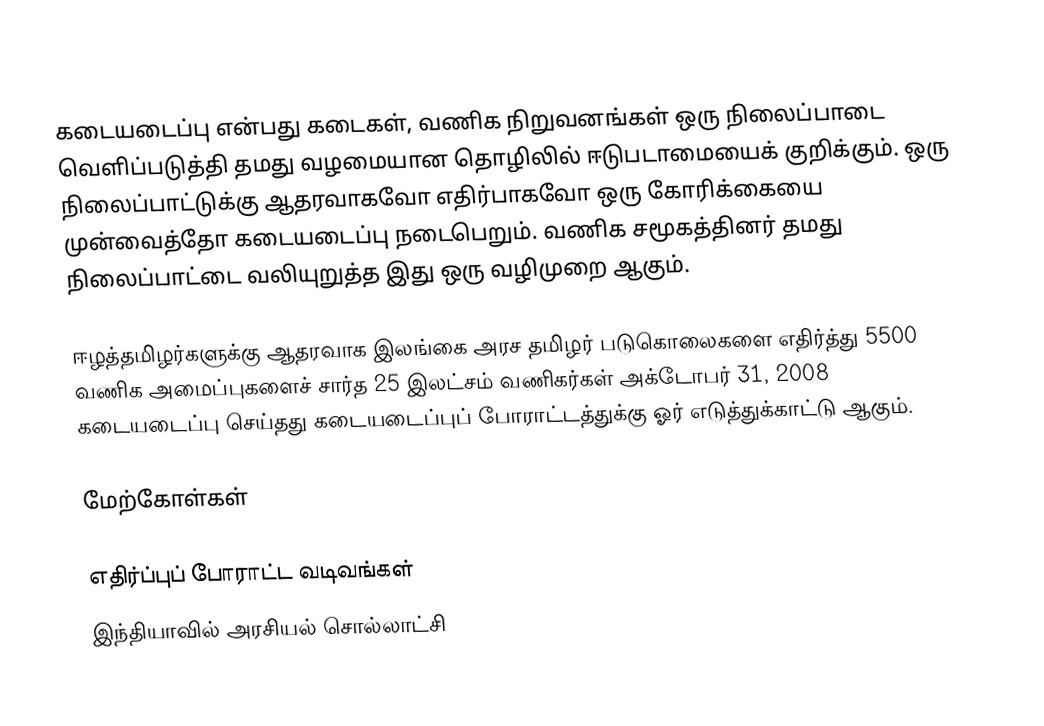
கடையடைப்பு என்பது கடைகள், வணிக நிறுவனங்கள் ஒரு நிலைப்பாடை வெளிப்படுத்தி தமது வழமையான தொழிலில் ஈடுபடாமையைக் குறிக்கும்.  ஒரு நிலைப்பாட்டுக்கு ஆதரவாகவோ எதிர்பாகவோ ஒரு கோரிக்கையை முன்வைத்தோ கடையடைப்பு நடைபெறும். வணிக சமூகத்தினர் தமது நிலைப்பாட்டை வலியுறுத்த இது ஒரு வழிமுறை ஆகும்.

ஈழத்தமிழர்களுக்கு ஆதரவாக இலங்கை அரச தமிழர் படுகொலைகளை எதிர்த்து 5500 வணிக அமைப்புகளைச் சார்த 25 இலட்சம் வணிகர்கள் அக்டோபர் 31, 2008 கடையடைப்பு செய்தது கடையடைப்புப் போராட்டத்துக்கு ஓர் எடுத்துக்காட்டு ஆகும்.

மேற்கோள்கள்

எதிர்ப்புப் போராட்ட வடிவங்கள்
இந்தியாவில் அரசியல் சொல்லாட்சி